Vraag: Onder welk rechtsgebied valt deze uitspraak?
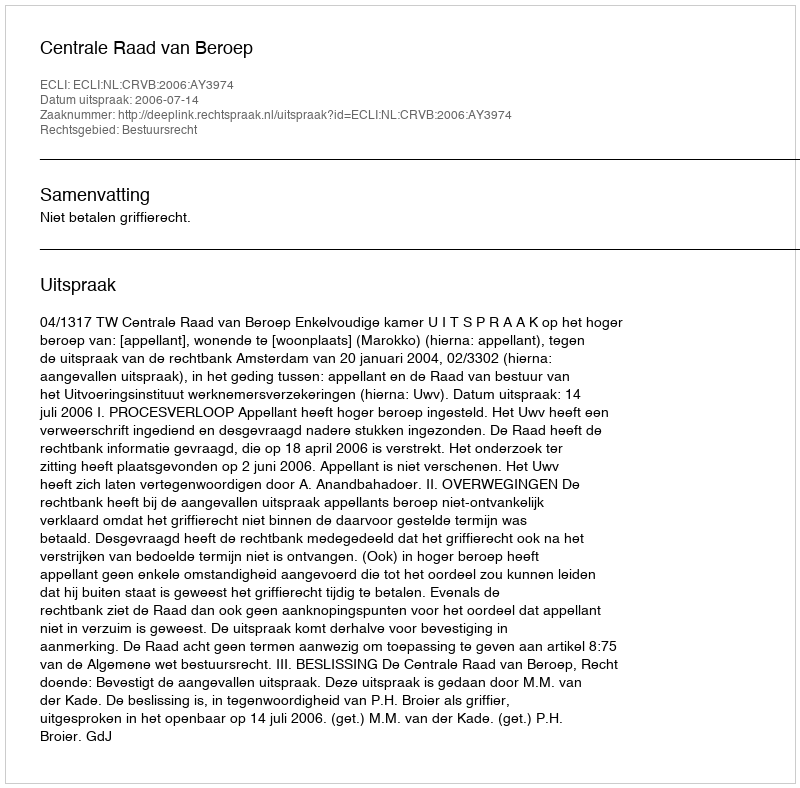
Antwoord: Bestuursrecht